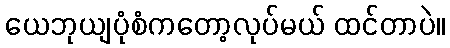
ယေဘုယျပုံစံကတော့လုပ်မယ် ထင်တာပဲ။